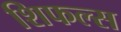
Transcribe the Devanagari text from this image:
शिफल्स